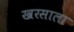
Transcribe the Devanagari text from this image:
खरसाला